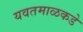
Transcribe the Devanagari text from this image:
यवतमाळकडे